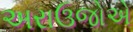
અરાઉજોએ